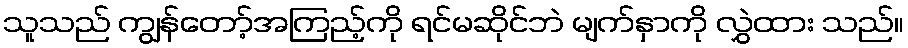
သူသည် ကျွန်တော့်အကြည့်ကို ရင်မဆိုင်ဘဲ မျက်နှာကို လွှဲထား သည်။